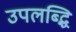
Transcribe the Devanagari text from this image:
उपलब्द्धि